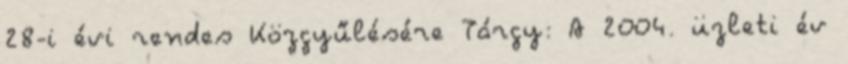
28-i évi rendes Közgyűlésére Tárgy: A 2004. üzleti év